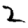
Digit: 2